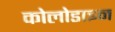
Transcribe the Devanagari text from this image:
कोलोडाइन